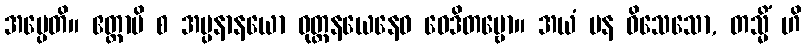
အပ္ပေတိ။ ဧတ္ထာပိ စ အပ္ပနာနယော ဝုတ္တနယေနေဝ ဝေဒိတဗ္ဗော။ အယံ ပန ဝိသေသော, တသ္မိံ ဟိ